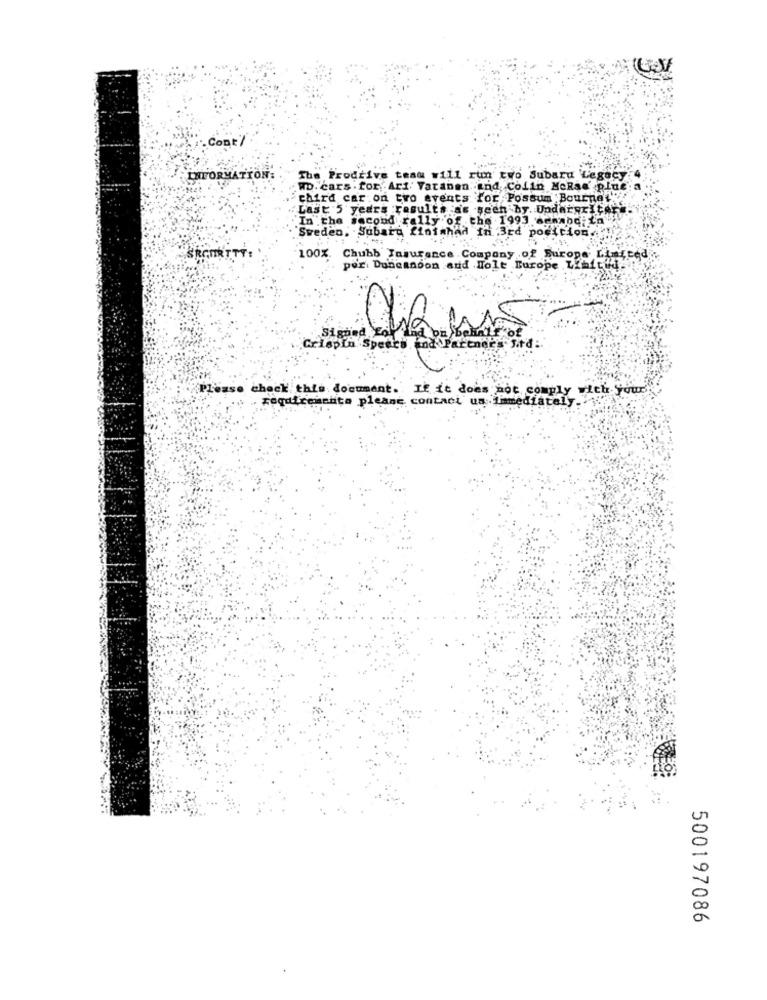
Con
LAFORMATION.
The Prodrive team will run two Subaru Legacy
WD. cars . for Ari Vatanen and. Colin McRae plue
third car on two events for Possum Bourne
Last'5 years results as seen by. Undaryaltar".
"In the second rally of the 1993 senabo: La
"Sweden, Subaru finimhad In 3rd position
SROURTTY:
100%. Chubb Tasurance Company of Europe Limited
por Duncanoon and Holt Burope Libitil-
Crlepin Speers And Partners frd:
Lease check this document. If it does not comply with yourk
ragd
sito please contact us immediately.
500197086